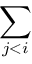
\sum _ { j < i }